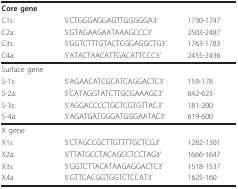
<table><thead><tr><td><b>Core gene</b></td><td></td><td></td></tr><tr><td><b>C1s:</b></td><td><b>5&#x27;CTGGGAGGAGTTGGGGGA3&#x27;</b></td><td><b>1730-1747</b></td></tr><tr><td><b>C2a:</b></td><td><b>5&#x27;GTAGAAGAATAAAGCCC3&#x27;</b></td><td><b>2503-2487</b></td></tr><tr><td><b>C3s:</b></td><td><b>5&#x27;GGTCTTTGTACTCGGAGGCTG3&#x27;</b></td><td><b>1763-1783</b></td></tr><tr><td><b>C4a:</b></td><td><b>5&#x27;ATACTAACATTGACATTCCC3&#x27;</b></td><td><b>2455-2436</b></td></tr></thead><tbody><tr><td>Surface gene</td><td></td><td></td></tr><tr><td>S-1s:</td><td>5&#x27;AGAACATCGCATCAGGACTC3&#x27;</td><td>159-178</td></tr><tr><td>S-2a:</td><td>5&#x27;CATAGGTATCTTGCGAAAGC3&#x27;</td><td>642-623</td></tr><tr><td>S-3s:</td><td>5&#x27;AGGACCCCTGCTCGTGTTAC3&#x27;</td><td>181-200</td></tr><tr><td>S-4a:</td><td>5&#x27;AGATGATGGGATGGGAATAC3&#x27;</td><td>619-600</td></tr><tr><td>X gene</td><td></td><td></td></tr><tr><td>X1s:</td><td>5&#x27;CTAGCCGCTTGTTTTGCTCG3&#x27;</td><td>1282-1301</td></tr><tr><td>X2a:</td><td>5&#x27;TTATGCCTACAGCCTCCTAG3&#x27;</td><td>1666-1647</td></tr><tr><td>X3s:</td><td>5&#x27;GGTCTTACATAAGAGGACTC3&#x27;</td><td>1518-1537</td></tr><tr><td>X4a:</td><td>5&#x27;GTTCACGGTGGTCTCCAT3&#x27;</td><td>1625-160</td></tr></tbody></table>